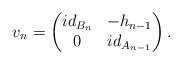
\begin{align*}v_n=\begin{pmatrix} id_{B_n} & -h_{n-1}\\ 0 & id_{A_{n-1}}\end{pmatrix}.\end{align*}